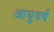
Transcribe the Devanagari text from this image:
आयुवर्ष